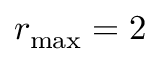
r _ { \operatorname* { m a x } } = 2